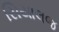
સિયાલજ